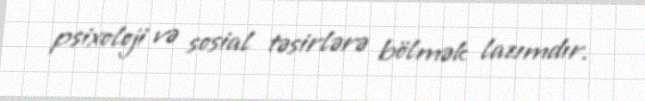
psixoloji və sosial təsirlərə bölmək lazımdır.